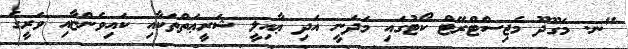
"ނ. މަގޫދޫ މެޖިސްޓްރޭޓް ކޯޓުގައި މަދަނީ އަދި ޢާއިލީ ޝަރީޢަތްތަކާއި ކައިވެންޏާއި ވަރީގެ